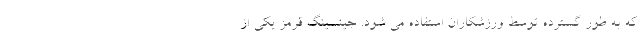
که به طور گسترده توسط ورزشکاران استفاده می شود. جینسینگ قرمز یکی از